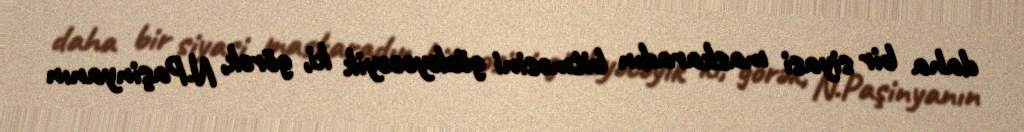
daha bir siyasi maskaradın bitməsini gözləyəcəyik ki, görək, N.Paşinyanın